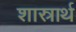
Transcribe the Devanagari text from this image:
शास्रार्थ